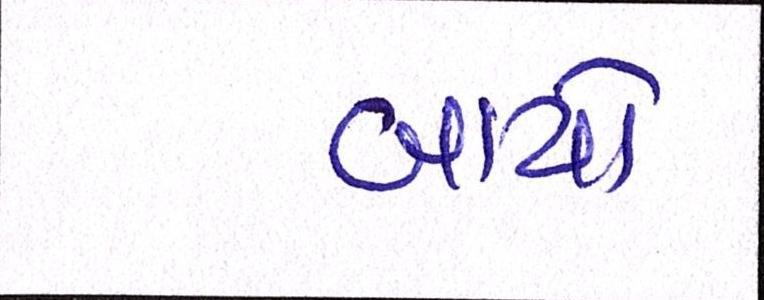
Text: બાયો